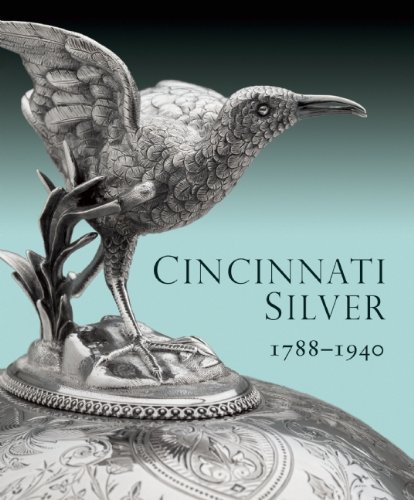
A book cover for Cincinnati Silver: 1788-1940; Amy Miller Dehan; Crafts, Hobbies & Home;